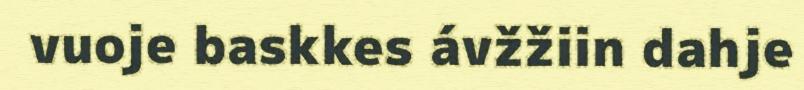
vuoje baskkes ávžžiin dahje